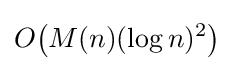
O{\mathord {\left(M(n)(\log n)^{2}\right)}}